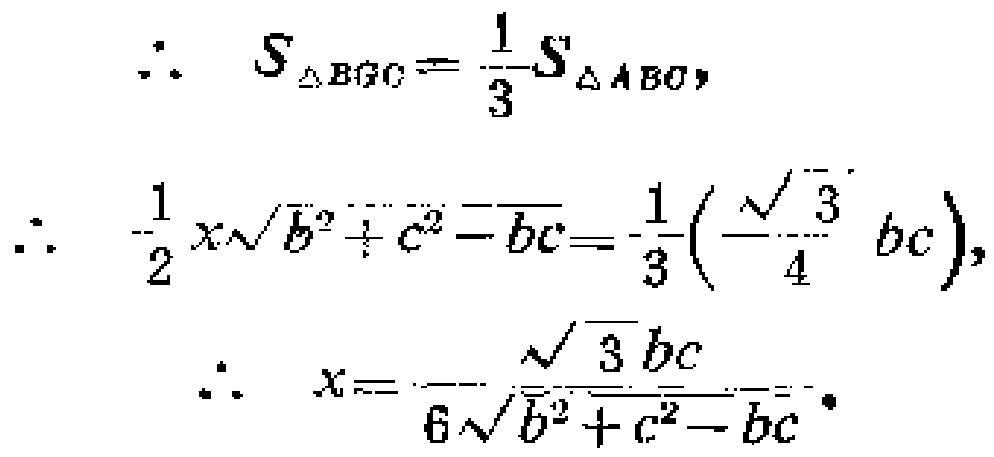
\[
\begin{align*}
\therefore\ S_{\triangle BGC}&=\frac{1}{3}S_{\triangle ABC},\\
\therefore\ \frac{1}{2}x\sqrt{b^{2}+c^{2}-bc}&=\frac{1}{3}\left(\frac{\sqrt{3}}{4}bc\right),\\
\therefore\ x&=\frac{\sqrt{3}bc}{6\sqrt{b^{2}+c^{2}-bc}}.
\end{align*}
\]